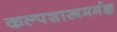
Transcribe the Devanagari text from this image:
कल्पशास्त्रमर्मज्ञ